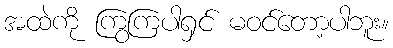
အထဲကို ကြွကြပါရှင် မဝင်တော့ပါဘူး။